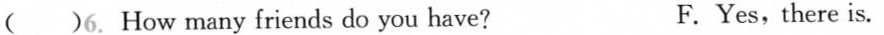
( )6. How many friends do you have? F.Yes, there is.